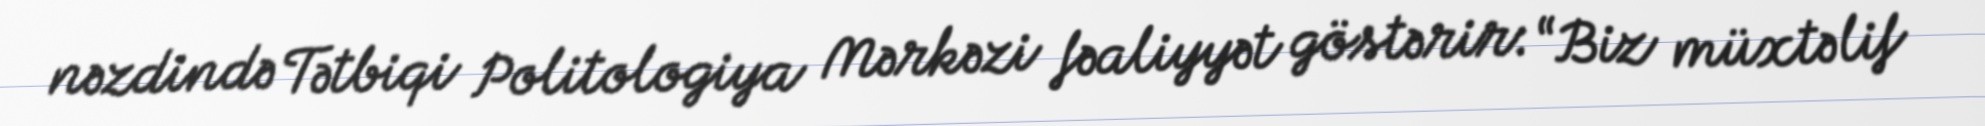
nəzdində Tətbiqi Politologiya Mərkəzi fəaliyyət göstərir: “Biz müxtəlif